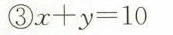
③$$x + y = 1 0$$